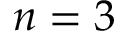
n = 3